Vital statistics of India. Vol. V, Reports of 1876 on armies & jails and on epidemic cholera
Year: 1876
Disease focus: Cholera
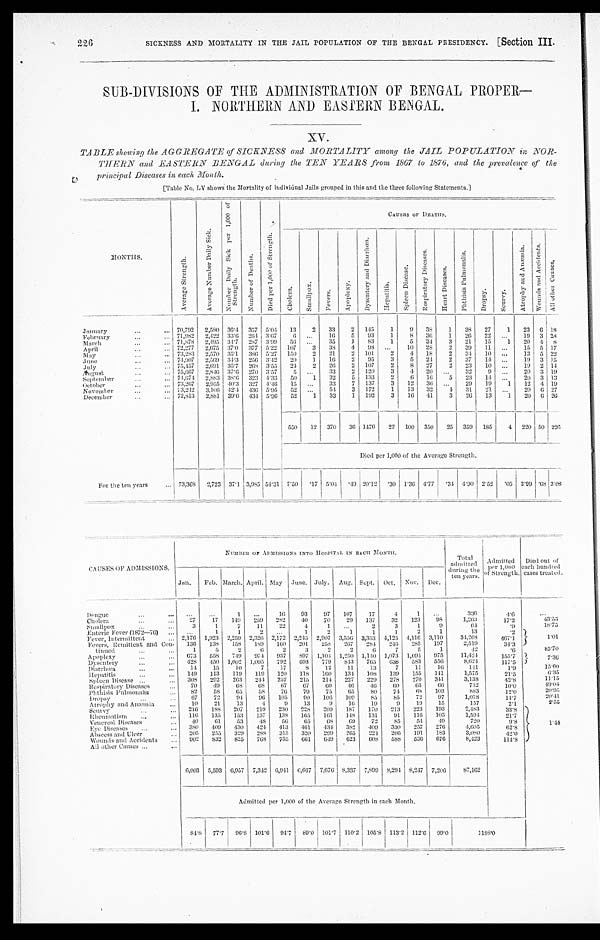
SICKNESS AND MORTALITY IN THE JAIL POPULATION OF THE BENGAL PEESIDENCY. [Section III.
SUB-DIVISIONS OF THE ADMINISTRATION OF BENGAL PROPER
—
I. NORTHERN AND EASTERN BENGAL.
XV.
TABLE showing the AGGREGATE of SICKNESS and MORTALITY among the JAIL POPULATION in NOR-
THERN and EASTERN BENGAL during the TEN YEARS from 1867 to 1876, and the prevalence of the
principal Diseases in each Month.
[Table No. LV shows the Mortality of individual Jails grouped in this and the three following Statements.]
MONTHS.
A v e r a g e S t r e n g t h .
A v e r a g e N u m b e r D a i l y S i c k .
N u m b e r D a i l y S i c k p e r 1 , 0 0 0 o f S t r e n g t h .
N u m b e r o f D e a t h s
D i e d p e r 1 , 0 0 0 o f S t r e n g t h .
C A U S E S O F D E A T H S .
C h o l e r a .
S m a l l p o x .
F e v e r s .
A p o p l e x y .
D y s e n t e r y a n d D i a r r h œ a .
H e p a t i t i s .
S p l e e n D i s e a s e .
R e s p i r a t o r y D i s e a s e s .
H e a r t D i s e a s e s .
P h t h i s i s P u l m o n a l i s .
D r o p s y .
Scurvy.
A t r o p h y a n d A n æ m i a .
W o u n d s a n d A c c i d e n t s .
A l l o t h e r C a u s e s .
January
...
. . .
7 0 , 7 9 2 2,580 36.4 357 5.04
13
2
33
2 145
1
9 38
1
38
27
1
23 6 18
February
...
. . . 71,982
2,422 33.6 264 3.67
6
. . .
1 6 5
9 3
1
8
3 6
1
2 6 22
. . . 19 3 28
March
...
... 71,878 2,495 34.7 287 3.99
5 6
. . . 35
1 83
1
5
34
3
21
15
1
20 4 8
April
. . .
. . . 72,277 2,675 37.0 377 5.22 107
3
38
4
98 ...
10 28
2
39
11
. . . 15 5 17
May
. . .
. . . 73,283
2,570 35.1 386 5.27 150
2
21
2
101
2
4 18
2
3 4 10
. . . 13 5 22
June
. . .
. . . 74,907 2,569 34.3 256 3.42
20
1
1 6 2
95
3
5
2 4
2
37
1 4
. . . 19 3 15
July
. . .
... 75,457 2,691 35.7 268 3.55 24
2
26
2 107
2
8 27
2
23
10
. . . 19 2 14
August
. . .
. . .
7 5 , 6 6 7
2,846 37.6 270 3.57
5 ...
33
2 120
3
4 20
. . .
32
9
. . . 20 3 19
September
. . .
... 74,674 2,883 38.6 323 4.33 50
1
32
5 133
2
6
1 6
5
23
14
. . . 20 3 13
October
...
... 73,267 2,955 40.3 327 4.46 15
. . . 33
7 137
3
12
3 6
. . . 29 19
1
12 4 19
November
...
. . .
7 3 , 2 4 2 3,106 42.4 436 5.95 52 ...
5 4 3 172
1
1 3 32
4 31
21
. . .
2 0 6 27
December
...
. . .
7 2 , 8 1 3 2,881 39.6 434 5.96 52
1
33
1 192
3
1 6 41
3
26
13
1
20 6 26
550
12 370
36 1476 22 100 350
25 359 185
4 220 50 226
Died per 1,000 of the Average Strength.
For the ten years
... 73,368 2,723 37.1 3,985 54.31 7.50 .17 5.04 .49 20.12 .30 1.36 4.77
. 3 4 4.90 2.52
. 0 5 2.99 .68 3.08
CAUSES OF ADMISSIONS.
N U M B E R O F A D M I S S I O N S I N T O H O S P I T A L I N E A C H M O N T H .
T o t a l a d m i t t e d d u r i n g t h e t e n y e a r s .
A d m i t t e d p e r 1 , 0 0 0 o f S t r e n g t h .
Died out of
each hundred
cases treated.
Jan.
Feb. March. April. May June. July. Aug. Sept. Oct.
N o v .
D e c .
Dengue
. . .
. . .
. . .
. . .
1
. . .
16
93
97
107
17
4
1 ...
336
4 . 6
. . .
Cholera
. . .
. . .
27
17
149
259
282
40
70
29
137
32
123
98
1,263
1 7 . 2
4 3 . 5 5
Smallpox
. . .
. . .
3
1
7
11
22
4
1
. . .
2
3
1
9
6 4
. 9
1 8 . 7 5
Enteric Fever (1872—76) ...
. . .
1
1
2
...
1
2
1
1
1
2
1
13
. 2
1 . 0 1
Fever, intermittent
... 2,176 1,923 2,259 2,326 2,172 2,245 2,907 3,556 3,353 4,125 4,116 3,110
34,268
4 6 7 . 1
Fevers, Remittent and Con-
tinued
... . . .
136
138 158
189
160
201
258
267
284
246
285
197
2,519
34.3
1
5
2
6
2
3
2
2
6
7
5
1
4 2
. 6
85.70
Apoplexy
. . .
. . .
6 7 3 558 749
974 937
897 1,104 1,250
1 , 1 4 0
1 , 0 7 3 1,094
975
11,424
1 5 5 . 7
7. 36
Dysentery
...
...
4 2 8
4 5 0 1,002 1,095
792
693
779
843
765 638
583
556
8,624
117.5
Diarrhœa
. . .
. . .
1 4
15
1 0
7
17
8
12
1 1
13
7
11
1 6
141
1 . 9
1 5 . 6 0
Hepatitis
. . .
. . . 149
113
119
119
120
118
160
1 3 4
1 0 8
139
155
141
1,575
21.5
6 . 3 5
Spleen Disease
. . .
. . . 308
292
263
244
257 215
2 1 4
227
229
278
270
341
3,138
4 2 . 8
1 1 . 1 5
Respiratory Diseases
. . . 70
49
6 8
6 8
6 7 6 7
60
4 6
46
6 0
65
6 6
732
10.0
4 9 . 0 4
Phthisis Pulmonalis
. . . 82
5 8
65
58
76
7 9
75
65
8 0
7 4
6 8
103
8 8 3
1 2 . 0
2 0 . 9 5
Dropsy
...
. . . 67
72
94
9 6 105
9 0
1 0 6
1 0 9
8 5
8 5
7 2
97
1,078
1 4 . 7
2 0 . 4 1
Atrophy and Anæmia
. . .
10
21
13
4
9
13
9
1 6
1 9
9
19
15
157
2.1
2.55
Scurvy
. . .
. . . 216 188 207
219
230
228 209
187
170 213
223
193
2 , 4 8 3
3 3 . 8
1 . 4 4
Rheumatism
...
. . . 116 135
153
137
138 165
1 6 1 148
131
91
1 1 6
103
1,594
21.7
Venereal Diseases
. . .
4 0
61
53
48
5 6 65
6 8
69
72
85
5 4
4 9
720
9 . 8
Eye Diseases
...
... 380 409
430
424
413
461
434
382
409
330 257
276
4,605
6 2 . 8
Abscess and Ulcer
. . . 205
255
329
288
315
3 2 0 299
265 224
206 191
183
3,080
4 2 . 0
Wounds and Accidents
. . . 902 832 825
768 755
6 6 1
6 4 9 623
6 0 8
5 8 8
5 3 6
676
8 , 4 2 3
1 1 4 . 8
A l l o t h e r C a u s e s . . .
. . .
6,003 5,593 6,957 7,342 6,941 6,667 7,676 8,337 7,899 8,294 8,247
7 , 2 0 6
8 7 , 1 6 2
Admitted per 1,000 of the Average Strength in each Month.
84.8 77.7 96.8 101.6 94.7
8 9 . 0 101.7 110.2
1 0 5 . 8
1 1 3 . 2 112.6
99.0
1 1 8 8 . 0